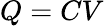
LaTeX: Q=CV